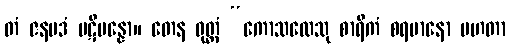
တံ ဇနပဒံ ပဋိပန္နော။ တေန ဝုတ္တံ “ကောသလေသု စာရိကံ စရမာနော မဟတာ